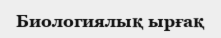
Биологиялық ырғақ